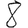
Digit: 8